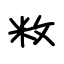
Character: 敉